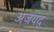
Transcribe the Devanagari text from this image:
अजयद्